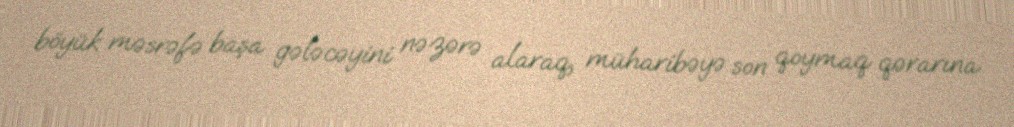
böyük məsrəfə başa gələcəyini nəzərə alaraq, müharibəyə son qoymaq qərarına